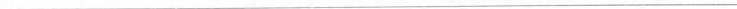
___